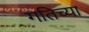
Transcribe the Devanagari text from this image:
गतिच्या